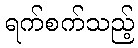
ရက်စက်သည့်